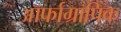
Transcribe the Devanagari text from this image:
ऑर्फाग्रापिक